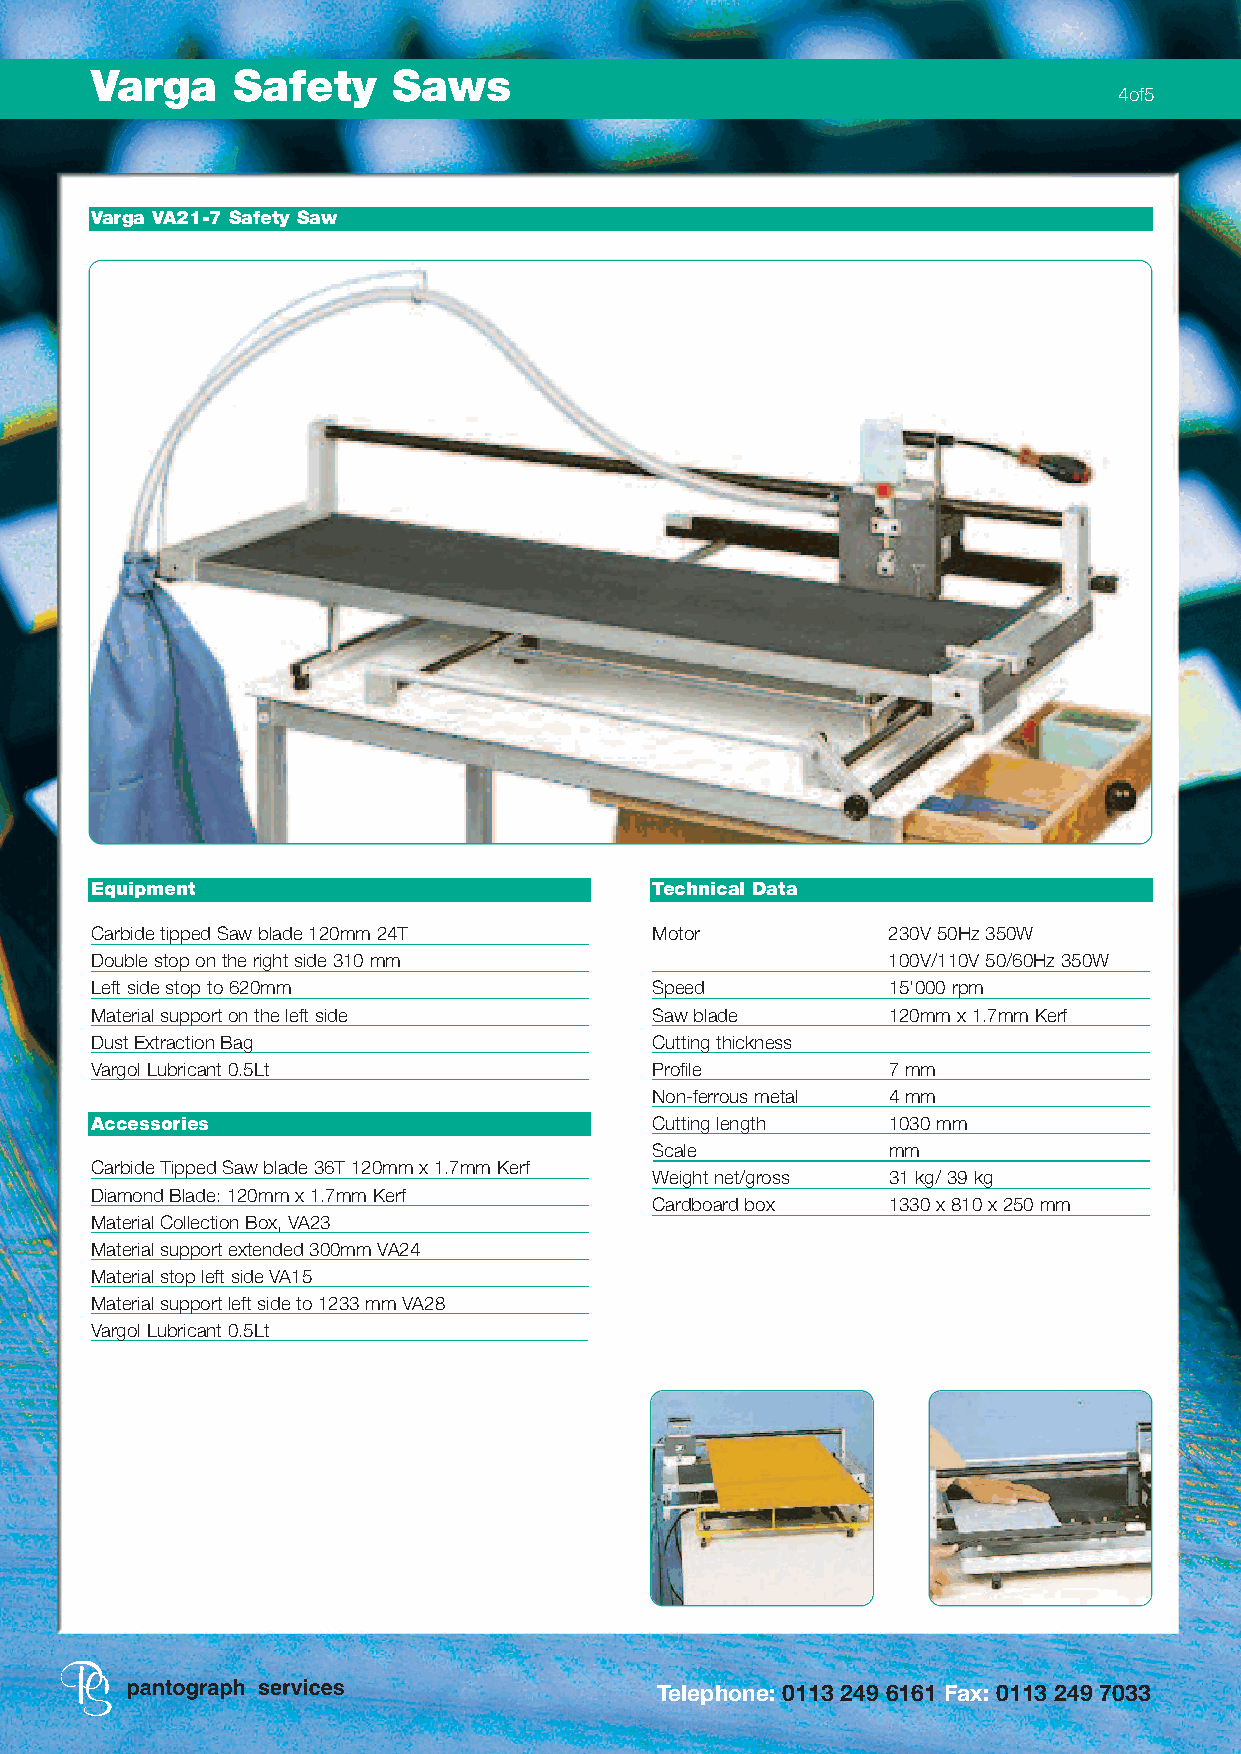
Varga    Safety     Saws
 4of5
 Varga VA21-7 Safety Saw
 Equipment                            Technical Data
 Carbide tipped Saw blade 120mm 24T   Motor           230V 50Hz 350W
 Double stop on the right side 310 mm                 100V/110V 50/60Hz 350W
 Left side stop to 620mm              Speed           15'000 rpm
 Material support on the left side    Saw blade       120mm x 1.7mm Kerf
 Dust Extraction Bag                  Cutting thickness
 Vargol Lubricant 0.5Lt               Profile         7 mm
 Non-ferrous metal 4 mm
 Accessories                          Cutting length  1030 mm
 Scale           mm
 Carbide Tipped Saw blade 36T 120mm x 1.7mm Kerf
 Weight net/gross 31 kg/ 39 kg
 Diamond Blade: 120mm x 1.7mm Kerf
 Cardboard box   1330 x 810 x 250 mm
 Material Collection Box, VA23
 Material support extended 300mm VA24
 Material stop left side VA15
 Material support left side to 1233 mm VA28
 Vargol Lubricant 0.5Lt
 Telephone: 0113 249 6161 Fax: 0113 249 7033